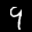
Label: 9